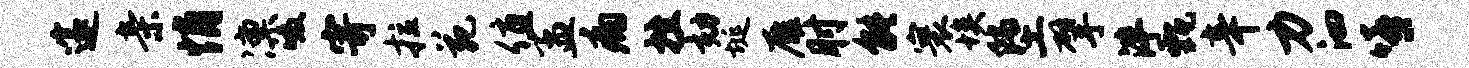
邃亲悄凛啜寄拉苑值孟痛挫劾埏雁肘能寰埃堕擘泮甄辛力泗嘻